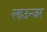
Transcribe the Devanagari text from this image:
लाउन्जर